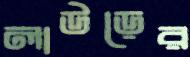
লাউড়ের